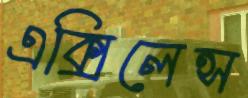
এক্সিলেন্স